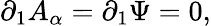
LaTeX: \partial_{1}A_{\alpha}=\partial_{1}\Psi=0,